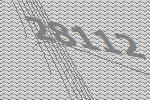
28112